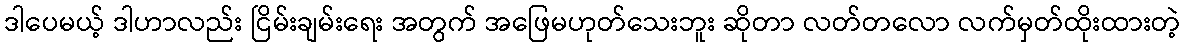
ဒါပေမယ့် ဒါဟာလည်း ငြိမ်းချမ်းရေး အတွက် အဖြေမဟုတ်သေးဘူး ဆိုတာ လတ်တလော လက်မှတ်ထိုးထားတဲ့